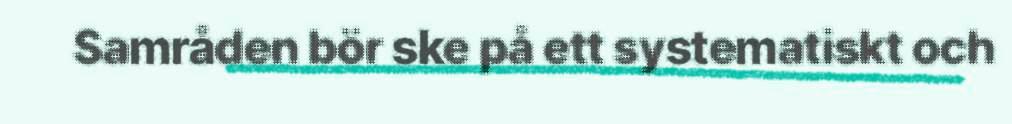
Samråden bör ske på ett systematiskt och